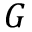
G